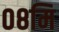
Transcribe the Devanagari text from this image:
०८मि